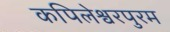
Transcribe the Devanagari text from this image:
कपिलेश्वरपुरम